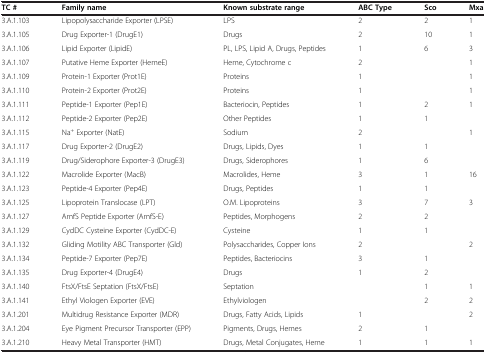
<table><thead><tr><td><b>TC #</b></td><td><b>Family name</b></td><td><b>Known substrate range</b></td><td><b>ABC Type</b></td><td><b>Sco</b></td><td><b>Mxa</b></td></tr></thead><tbody><tr><td>3.A.1.103</td><td>Lipopolysaccharide Exporter (LPSE)</td><td>LPS</td><td>2</td><td>2</td><td>1</td></tr><tr><td>3.A.1.105</td><td>Drug Exporter-1 (DrugE1)</td><td>Drugs</td><td>2</td><td>10</td><td>1</td></tr><tr><td>3.A.1.106</td><td>Lipid Exporter (LipidE)</td><td>PL, LPS, Lipid A, Drugs, Peptides</td><td>1</td><td>6</td><td>3</td></tr><tr><td>3.A.1.107</td><td>Putative Heme Exporter (HemeE)</td><td>Heme, Cytochrome c</td><td>2</td><td> </td><td>1</td></tr><tr><td>3.A.1.109</td><td>Protein-1 Exporter (Prot1E)</td><td>Proteins</td><td>1</td><td> </td><td>1</td></tr><tr><td>3.A.1.110</td><td>Protein-2 Exporter (Prot2E)</td><td>Proteins</td><td>1</td><td> </td><td>1</td></tr><tr><td>3.A.1.111</td><td>Peptide-1 Exporter (Pep1E)</td><td>Bacteriocin, Peptides</td><td>1</td><td>2</td><td>1</td></tr><tr><td>3.A.1.112</td><td>Peptide-2 Exporter (Pep2E)</td><td>Other Peptides</td><td>1</td><td>1</td><td> </td></tr><tr><td>3.A.1.115</td><td>Na<sup>+</sup> Exporter (NatE)</td><td>Sodium</td><td>2</td><td> </td><td>1</td></tr><tr><td>3.A.1.117</td><td>Drug Exporter-2 (DrugE2)</td><td>Drugs, Lipids, Dyes</td><td>1</td><td>1</td><td> </td></tr><tr><td>3.A.1.119</td><td>Drug/Siderophore Exporter-3 (DrugE3)</td><td>Drugs, Siderophores</td><td>1</td><td>6</td><td> </td></tr><tr><td>3.A.1.122</td><td>Macrolide Exporter (MacB)</td><td>Macrolides, Heme</td><td>3</td><td>1</td><td>16</td></tr><tr><td>3.A.1.123</td><td>Peptide-4 Exporter (Pep4E)</td><td>Drugs, Peptides</td><td>1</td><td>1</td><td> </td></tr><tr><td>3.A.1.125</td><td>Lipoprotein Translocase (LPT)</td><td>O.M. Lipoproteins</td><td>3</td><td>7</td><td>3</td></tr><tr><td>3.A.1.127</td><td>AmfS Peptide Exporter (AmfS-E)</td><td>Peptides, Morphogens</td><td>2</td><td>2</td><td> </td></tr><tr><td>3.A.1.129</td><td>CydDC Cysteine Exporter (CydDC-E)</td><td>Cysteine</td><td>1</td><td>1</td><td> </td></tr><tr><td>3.A.1.132</td><td>Gliding Motility ABC Transporter (Gld)</td><td>Polysaccharides, Copper Ions</td><td>2</td><td> </td><td>2</td></tr><tr><td>3.A.1.134</td><td>Peptide-7 Exporter (Pep7E)</td><td>Peptides, Bacteriocins</td><td>3</td><td>1</td><td> </td></tr><tr><td>3.A.1.135</td><td>Drug Exporter-4 (DrugE4)</td><td>Drugs</td><td>1</td><td>2</td><td> </td></tr><tr><td>3.A.1.140</td><td>FtsX/FtsE Septation (FtsX/FtsE)</td><td>Septation</td><td> </td><td>1</td><td>1</td></tr><tr><td>3.A.1.141</td><td>Ethyl Viologen Exporter (EVE)</td><td>Ethylviologen</td><td> </td><td>2</td><td>2</td></tr><tr><td>3.A.1.201</td><td>Multidrug Resistance Exporter (MDR)</td><td>Drugs, Fatty Acids, Lipids</td><td>1</td><td> </td><td>2</td></tr><tr><td>3.A.1.204</td><td>Eye Pigment Precursor Transporter (EPP)</td><td>Pigments, Drugs, Hemes</td><td>2</td><td>1</td><td> </td></tr><tr><td>3.A.1.210</td><td>Heavy Metal Transporter (HMT)</td><td>Drugs, Metal Conjugates, Heme</td><td>1</td><td>1</td><td>1</td></tr></tbody></table>